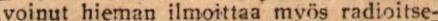
voinut hieman ilmoittaa myös radioitse-